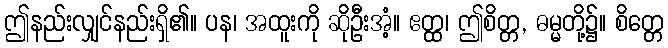
ဤနည်းလျှင်နည်းရှိ၏။ ပန၊ အထူးကို ဆိုဦးအံ့။ ဧတ္ထ၊ ဤစိတ္တ, ဓမ္မတို့၌။ စိတ္တေ